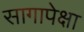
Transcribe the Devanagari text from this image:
सागापेक्षा